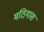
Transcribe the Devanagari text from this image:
मठियास